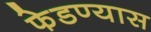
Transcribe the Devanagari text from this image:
फेडण्यास